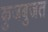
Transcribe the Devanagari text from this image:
कुजबुजत